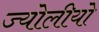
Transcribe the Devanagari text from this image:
ज्योलीयो